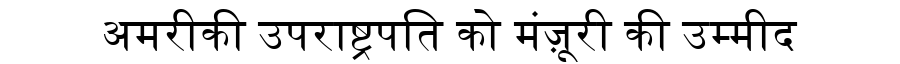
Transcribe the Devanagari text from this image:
अमरीकी उपराष्ट्रपति को मंज़ूरी की उम्मीद